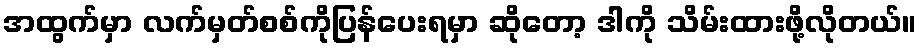
အထွက်မှာ လက်မှတ်စစ်ကိုပြန်ပေးရမှာ ဆိုတော့ ဒါကို သိမ်းထားဖို့လိုတယ်။